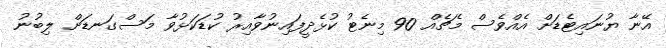
އޭނާ ޔުނައިޓެޑަށް އެއްވެސް މެޗެއް 90 މިނެޓު ކުޅެދީފައިނުވާއިރު ކުޑަކަޅުވާ މަސްގަނޑަށް ލިބުނު